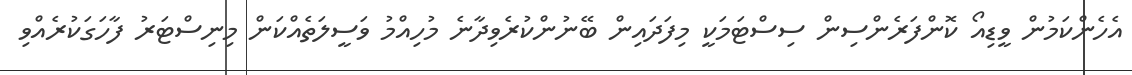
އެހެންކަމުން ވީޑިއޯ ކޮންފަރެންސިން ސިސްޓަމަކީ މިފަދައިން ބޭނުންކުރެވިދާނެ މުހިއްމު ވަސީލަތެއްކަން މިނިސްޓަރު ފާހަގަކުރެއްވި